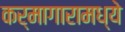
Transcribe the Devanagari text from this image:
कर्मागारामध्ये